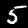
Label: 5